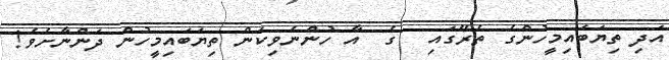
އަދި ތިޔަބައިމީހުންގެ ތެރޭގައި  ގެ  އާ ހުންނެވިކަން ތިޔަބައިމީހުން ދަންނާށެވެ!